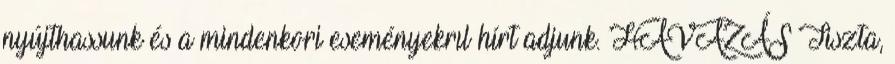
nyújthassunk és a mindenkori eseményekrıl hírt adjunk. HAVAZÁS Tiszta,